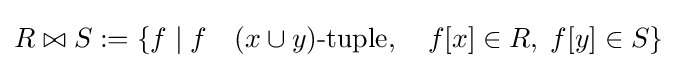
R\bowtie S:=\{f\mid f\quad (x\cup y){\hbox{-tuple}},\quad f[x]\in R,\;f[y]\in S\}